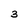
Character: 3